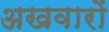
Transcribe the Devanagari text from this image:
अखवारों